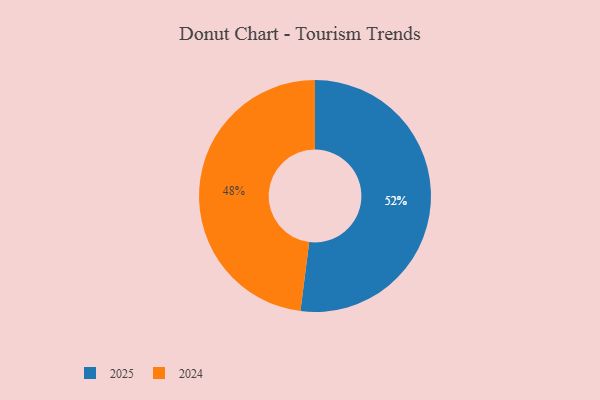
{"axis": {"x": "Category", "y": "Percentage"}, "legend": ["2024", "2025"], "data": [{"x": "2025", "y": 52, "type": "2025"}, {"x": "2024", "y": 48, "type": "2024"}]}